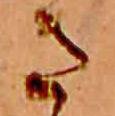
さ